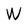
Character: W